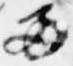
両